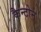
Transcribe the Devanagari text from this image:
कैन्टोन